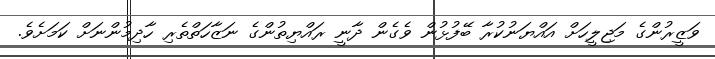
ވަޒީރުންގެ މަޖިލީހަށް އައްޔަނުކުރާ ބޭފުޅުން ވެގެން ދާނީ ރައްޔިތުންގެ ނަޒާހަތްތެރި ހާދިމުންނަށް ކަމަށެވެ.